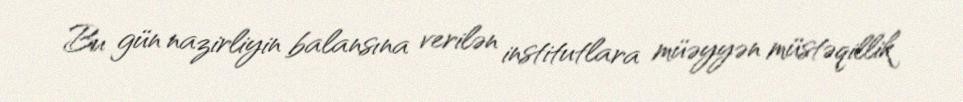
Bu gün nazirliyin balansına verilən institutlara müəyyən müstəqillik